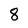
Character: 8